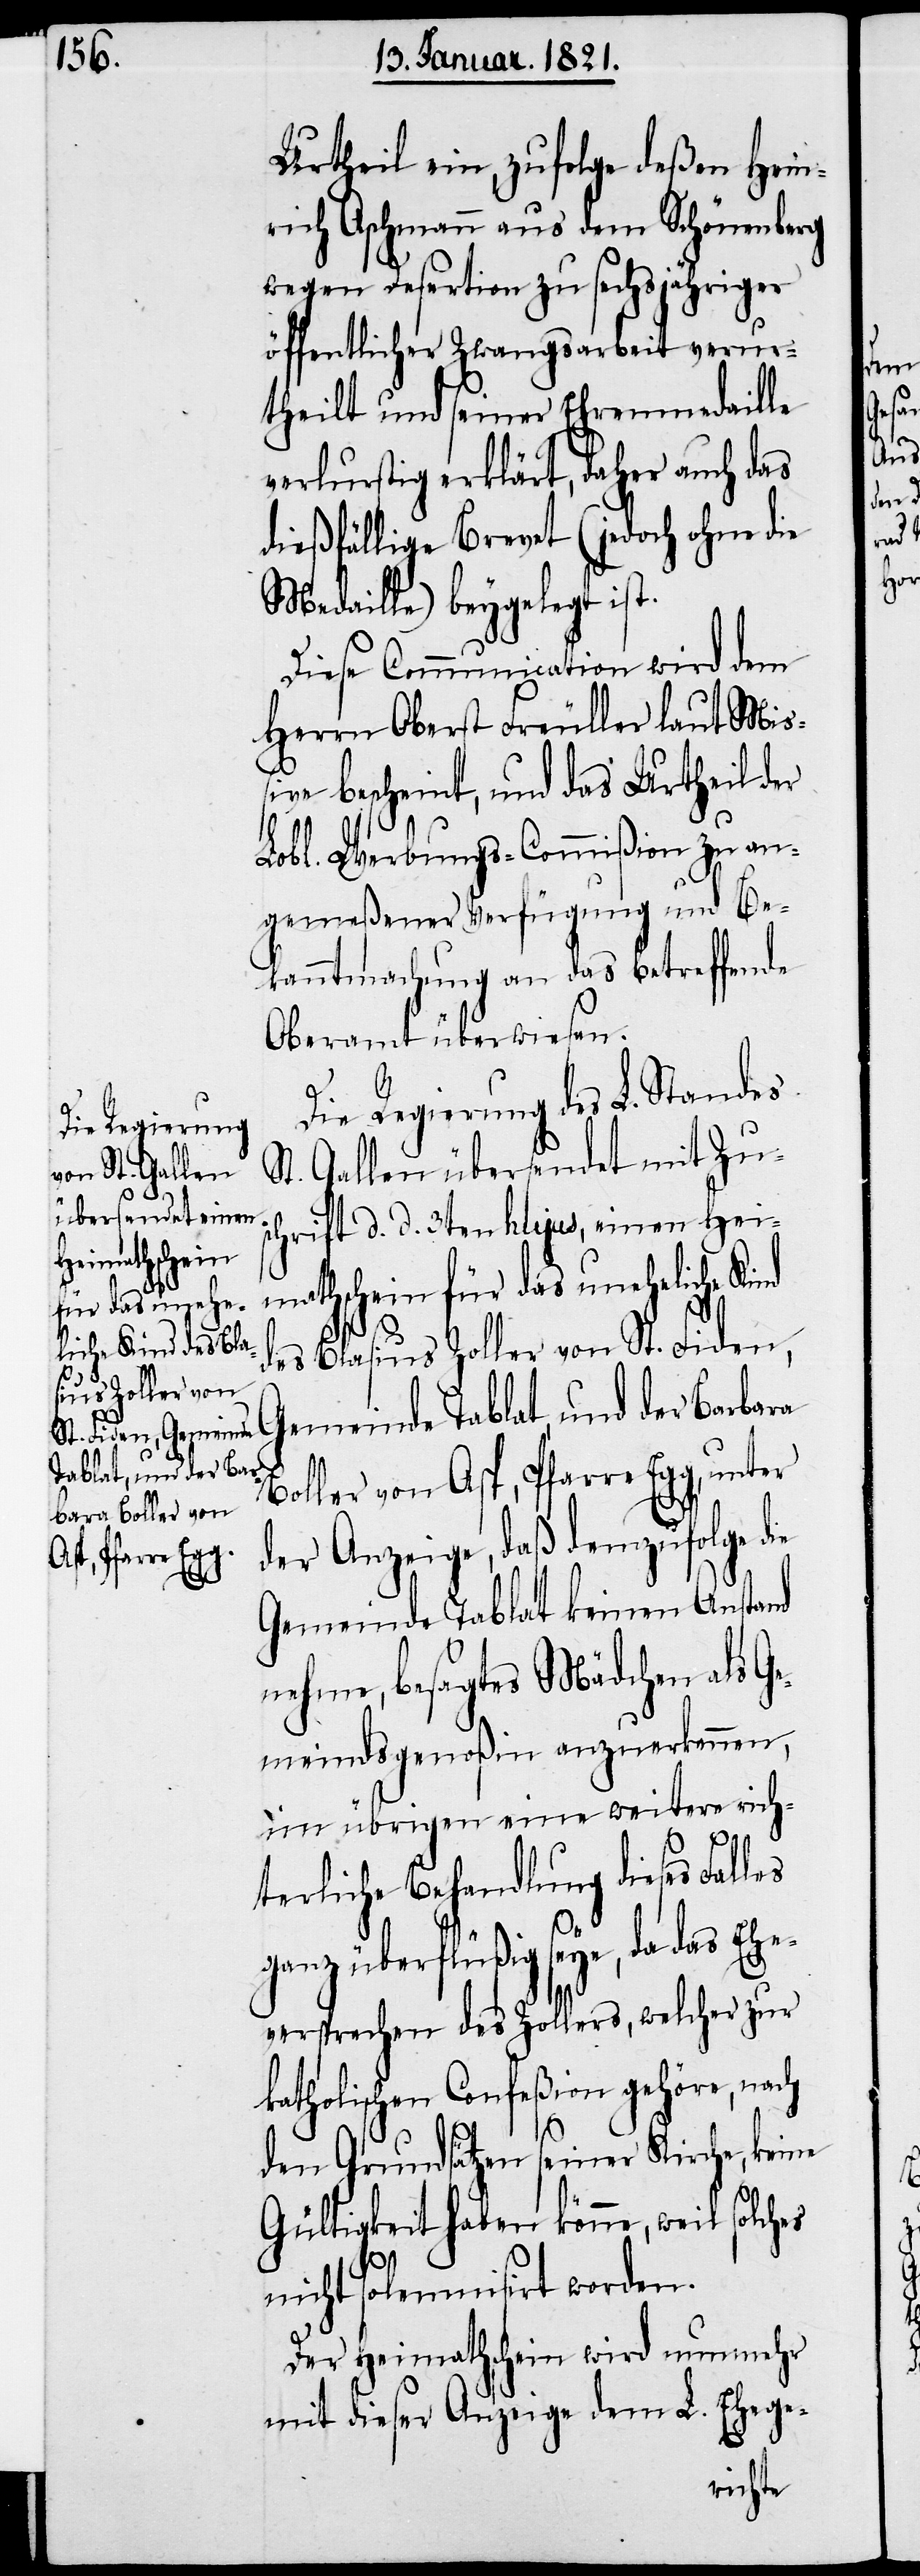
Urtheil ein, zufolge deßen Hein¬
rich Aschmann aus dem Schönenberg
wegen Desertion zu sechsjähriger
öffentlicher Zwangsarbeit verur¬
theilt und seiner Ehrenmedaille
verlustig erklärt, daher auch das
dießfällige Brevet (jedoch ohne die
Medaille) beygelegt ist.
Diese Communication wird dem
Herrn Oberst Freuller laut Miß¬
iven bescheint, und das Urtheil der
der
L.
Lobl. Werbungs-Commißion zu an¬
gemeßener Verfügung und Be¬
kanntmachung an das betreffende
Oberamt überwiesen.
Die Regierung des L. Standes
St. Gallen übersendet mit Zu¬
schrift d. d. 3ten hujus, einen Hei¬
mathschein für das uneheliche Kind
des Blasius Zoller von St. Fiden,
Gemeinde Tablat, und der Barbara
Boller von Asp, Pfarre Egg, unter
der Anzeige, daß demzufolge
Gemeinde Tablat keinen Anstand
nehme, besagtes Mädchen als Ge¬
meindsgenoßin anzuerkennen,
im übrigen eine weitere rich¬
Rathe
terliche Behandlung dieses Falles
ganz überflüßig seye, da das Ehe¬
versprechen des Zollers, welcher zur
katholischen Confeßion gehöre, nach
den Grundsätzen seiner Kirche, keine
Gültigkeit haben könne, weil solches
nicht solemnisirt worden.
Der Heimathschein wird nunmehr
mit dieser Anzeige dem L. Ehege-